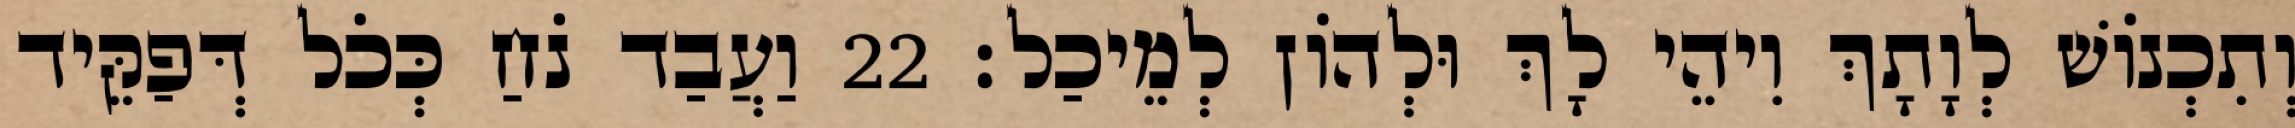
וְתִכְנוֹשׁ לְוָתָךְ וִיהֵי לָךְ וּלְהוֹן לְמֵיכַל׃ 22 וַעֲבַד נֹחַ כְּכֹל דְּפַקֵּיד